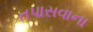
તપાસવાના